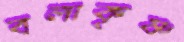
বলাকৃষ্ণ